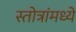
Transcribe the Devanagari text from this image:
स्तोत्रांमध्ये